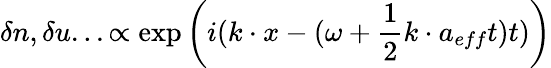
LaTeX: \delta n,\delta u...\propto\exp{\left(i(k\cdot x-(\omega+\frac 12k\cdot a_{eff}t)t)\right)}